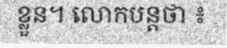
ខ្លួន។ លោកបន្តថា ៖